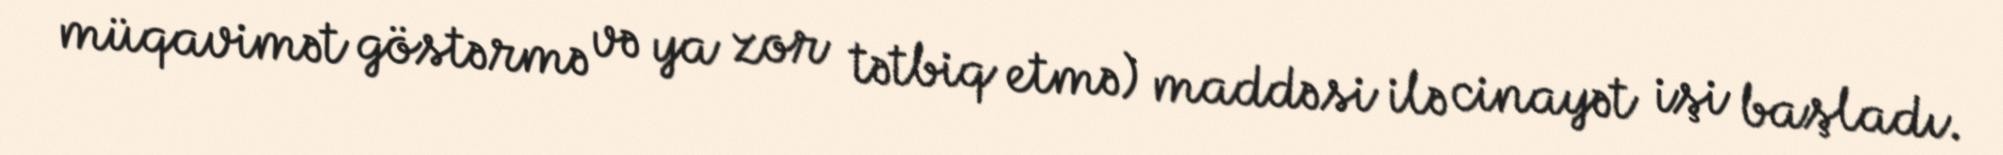
müqavimət göstərmə və ya zor tətbiq etmə) maddəsi ilə cinayət işi başladı.